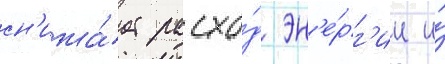
сн'ижа́ет расхо́д эн'е́рг'ии и́